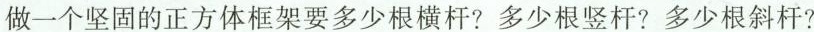
四、看图回答问题。做一个坚固的正方体框架要多少根横杆？多少根竖杆？多少根斜杆？